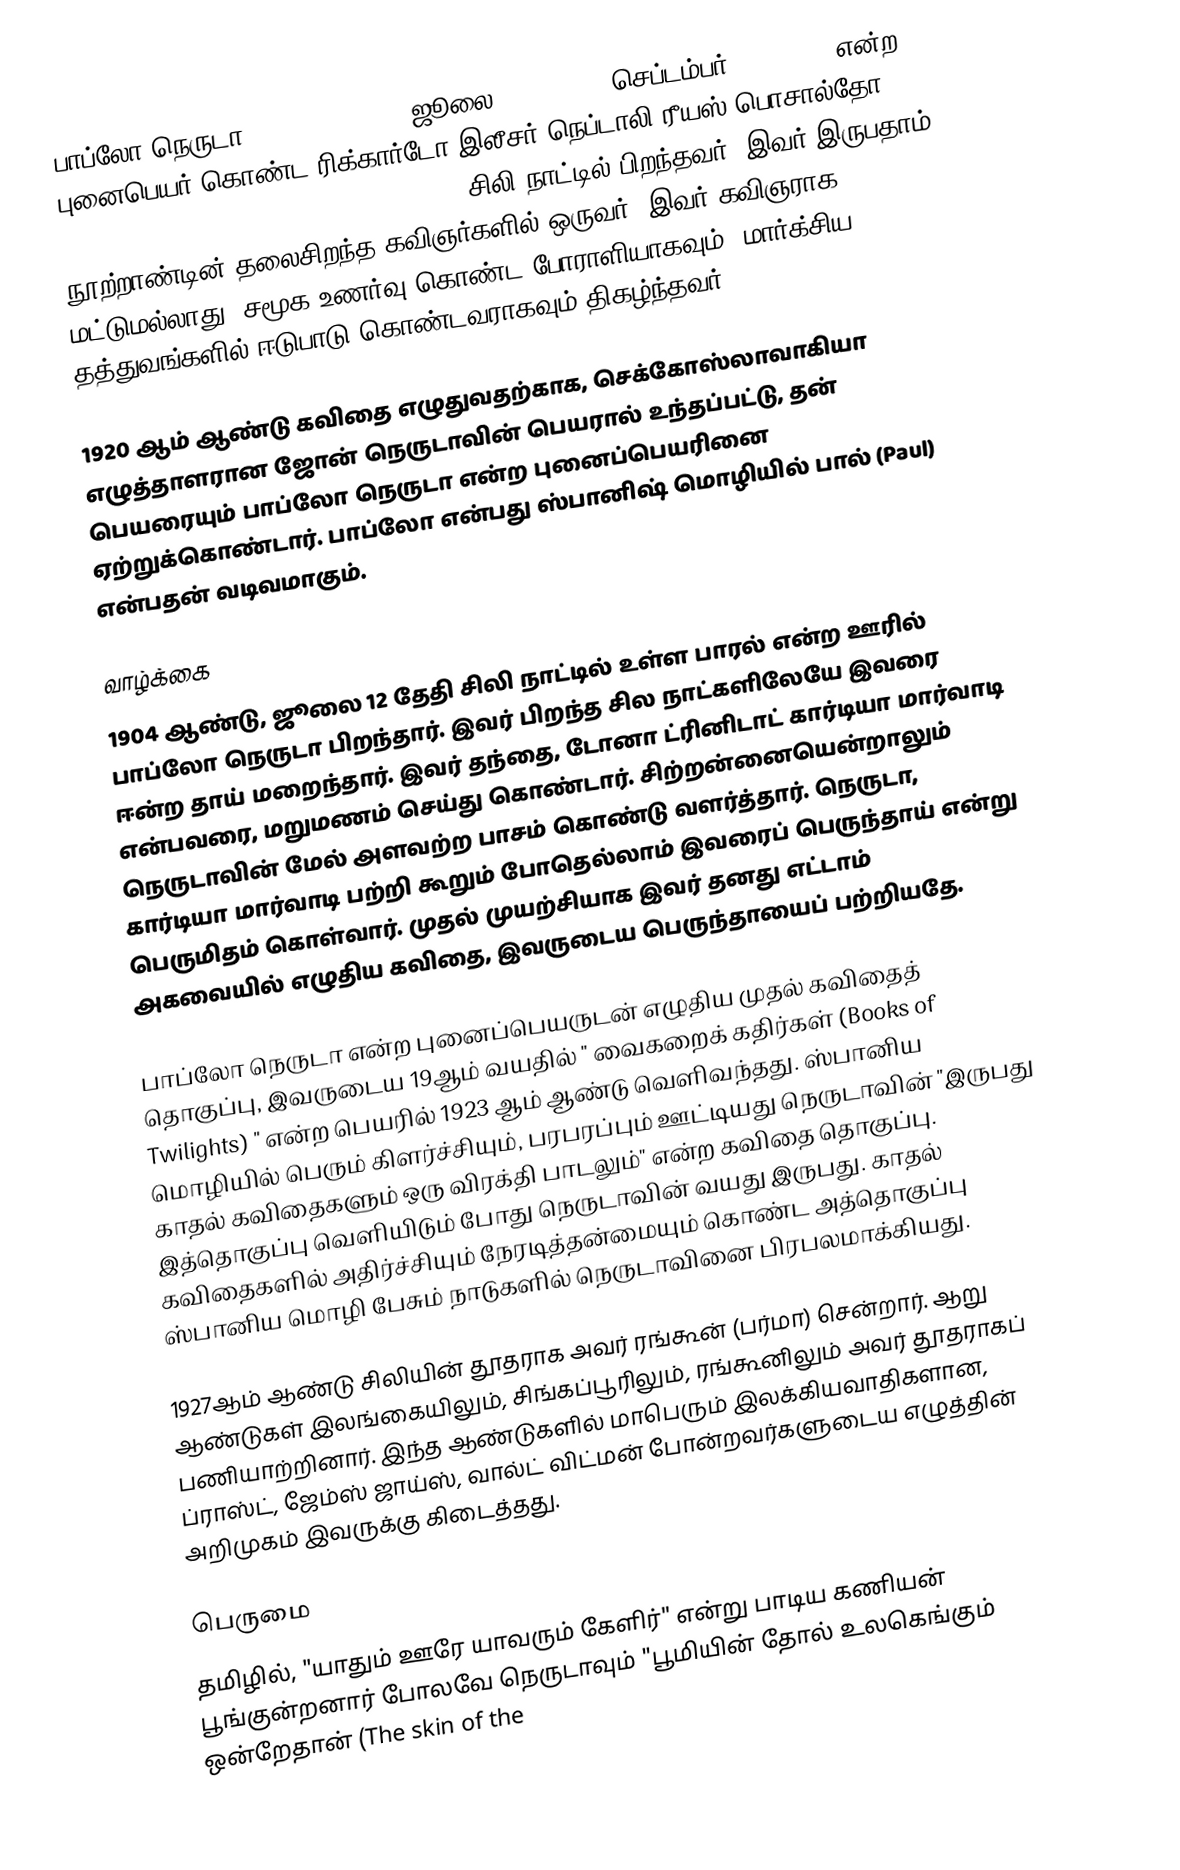
பாப்லோ நெருடா, (Pablo Neruda, ஜூலை 12, 1904 – செப்டம்பர் 23, 1973) என்ற புனைபெயர் கொண்ட ரிக்கார்டோ இலீசர் நெப்டாலி ரீயஸ் பொசால்தோ ( Ricardo Eliecer Neftalí Reyes Basualto), சிலி நாட்டில் பிறந்தவர். இவர் இருபதாம் நூற்றாண்டின் தலைசிறந்த கவிஞர்களில் ஒருவர். இவர் கவிஞராக மட்டுமல்லாது, சமூக உணர்வு கொண்ட போராளியாகவும், மார்க்சிய தத்துவங்களில் ஈடுபாடு கொண்டவராகவும் திகழ்ந்தவர்.

1920 ஆம் ஆண்டு கவிதை எழுதுவதற்காக, செக்கோஸ்லாவாகியா எழுத்தாளரான ஜோன் நெருடாவின் பெயரால் உந்தப்பட்டு, தன் பெயரையும் பாப்லோ நெருடா என்ற புனைப்பெயரினை ஏற்றுக்கொண்டார். பாப்லோ என்பது ஸ்பானிஷ் மொழியில் பால் (Paul) என்பதன் வடிவமாகும்.

வாழ்க்கை
1904 ஆண்டு, ஜூலை 12 தேதி சிலி நாட்டில் உள்ள பாரல் என்ற ஊரில் பாப்லோ நெருடா பிறந்தார். இவர் பிறந்த சில நாட்களிலேயே இவரை ஈன்ற தாய் மறைந்தார். இவர் தந்தை, டோனா ட்ரினிடாட் கார்டியா மார்வாடி என்பவரை, மறுமணம் செய்து கொண்டார். சிற்றன்னையென்றாலும் நெருடாவின் மேல் அளவற்ற பாசம் கொண்டு வளர்த்தார். நெருடா, கார்டியா மார்வாடி பற்றி கூறும் போதெல்லாம் இவரைப் பெருந்தாய் என்று பெருமிதம் கொள்வார். முதல் முயற்சியாக இவர் தனது எட்டாம் அகவையில் எழுதிய கவிதை, இவருடைய பெருந்தாயைப் பற்றியதே.

பாப்லோ நெருடா என்ற புனைப்பெயருடன் எழுதிய முதல் கவிதைத் தொகுப்பு, இவருடைய 19ஆம் வயதில் " வைகறைக் கதிர்கள் (Books of Twilights) " என்ற பெயரில் 1923 ஆம் ஆண்டு வெளிவந்தது. ஸ்பானிய மொழியில் பெரும் கிளர்ச்சியும், பரபரப்பும் ஊட்டியது நெருடாவின் "இருபது காதல் கவிதைகளும் ஒரு விரக்தி பாடலும்" என்ற கவிதை தொகுப்பு. இத்தொகுப்பு வெளியிடும் போது நெருடாவின் வயது இருபது. காதல் கவிதைகளில் அதிர்ச்சியும் நேரடித்தன்மையும் கொண்ட அத்தொகுப்பு ஸ்பானிய மொழி பேசும் நாடுகளில் நெருடாவினை பிரபலமாக்கியது.

1927ஆம் ஆண்டு சிலியின் தூதராக அவர் ரங்கூன் (பர்மா) சென்றார். ஆறு ஆண்டுகள் இலங்கையிலும், சிங்கப்பூரிலும், ரங்கூனிலும் அவர் தூதராகப் பணியாற்றினார். இந்த ஆண்டுகளில் மாபெரும் இலக்கியவாதிகளான, ப்ராஸ்ட், ஜேம்ஸ் ஜாய்ஸ், வால்ட் விட்மன் போன்றவர்களுடைய எழுத்தின் அறிமுகம் இவருக்கு கிடைத்தது.

பெருமை
தமிழில், "யாதும் ஊரே யாவரும் கேளிர்" என்று பாடிய கணியன் பூங்குன்றனார் போலவே நெருடாவும் "பூமியின் தோல் உலகெங்கும் ஒன்றேதான் (The skin of the